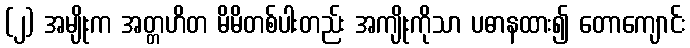
(၂) အမျိုးက အတ္တဟိတ မိမိတစ်ပါးတည်း အကျိုးကိုသာ ပဓာနထား၍ တောကျောင်း